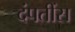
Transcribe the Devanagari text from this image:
दंपतींस